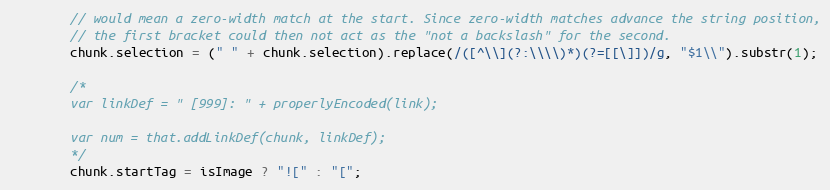
Language: JavaScript
        // would mean a zero-width match at the start. Since zero-width matches advance the string position,
        // the first bracket could then not act as the "not a backslash" for the second.
        chunk.selection = (" " + chunk.selection).replace(/([^\\](?:\\\\)*)(?=[[\]])/g, "$1\\").substr(1);

        /*
        var linkDef = " [999]: " + properlyEncoded(link);

        var num = that.addLinkDef(chunk, linkDef);
        */
        chunk.startTag = isImage ? "![" : "[";